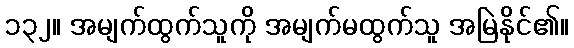
၁၃၂။ အမျက်ထွက်သူကို အမျက်မထွက်သူ အမြဲနိုင်၏။